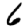
Digit: 6